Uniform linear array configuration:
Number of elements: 32
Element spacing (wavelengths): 0.5
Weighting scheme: blackman
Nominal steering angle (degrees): -60
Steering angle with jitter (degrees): -60.314
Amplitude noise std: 0.05
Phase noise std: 0.05

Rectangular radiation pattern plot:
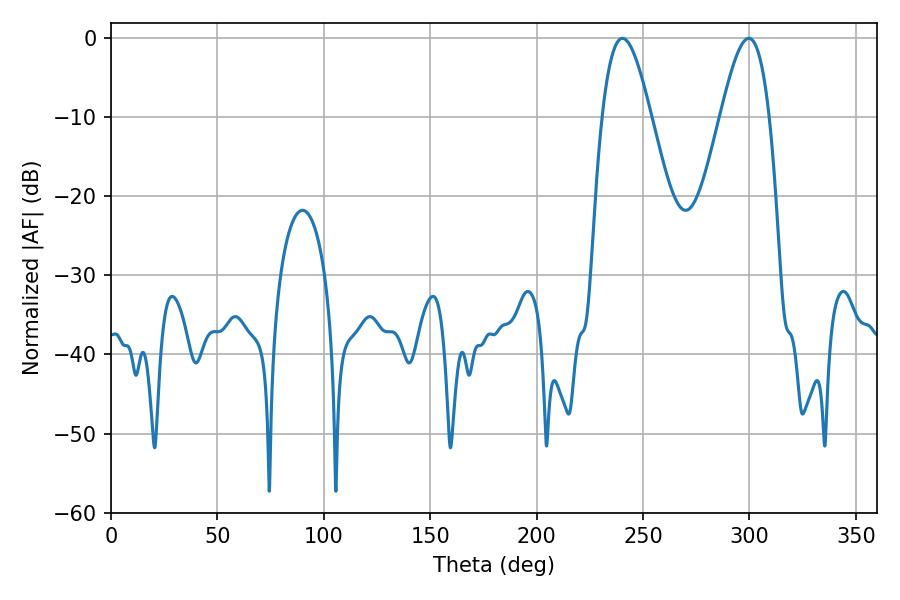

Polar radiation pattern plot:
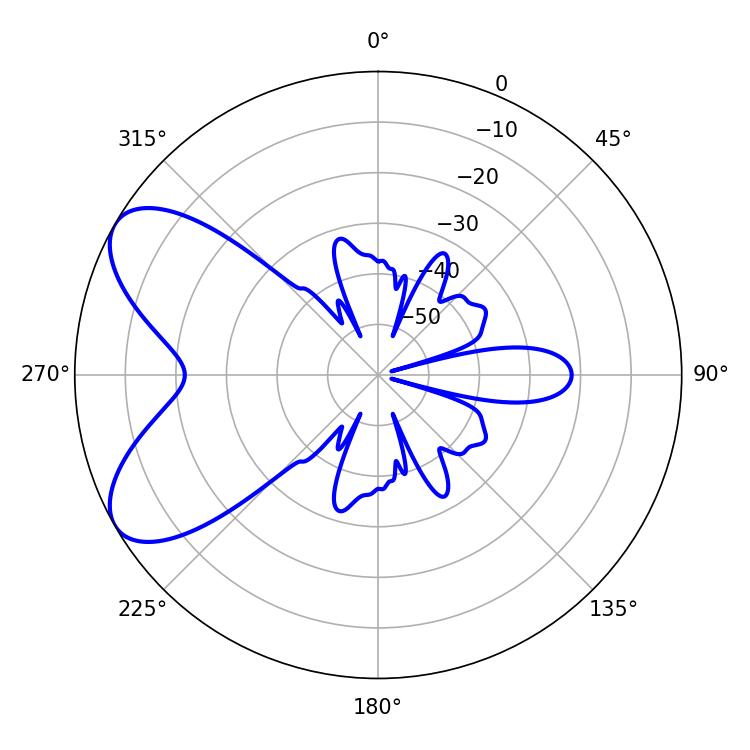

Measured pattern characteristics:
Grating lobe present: FALSE
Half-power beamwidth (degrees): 12.42
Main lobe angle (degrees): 240.3